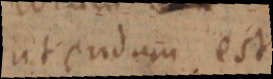
utendum est